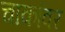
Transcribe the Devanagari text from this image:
चाकांवर